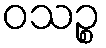
ဝသဉ္စ